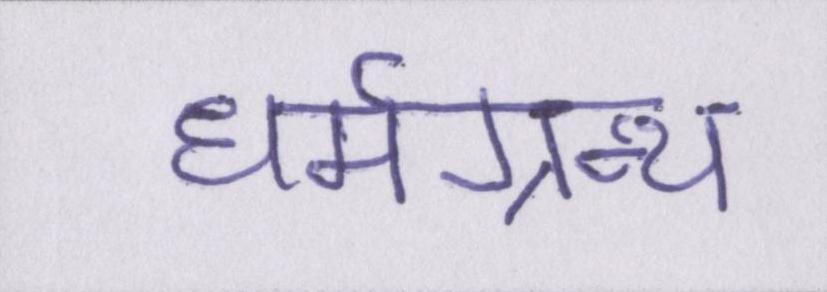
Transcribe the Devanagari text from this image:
धर्मग्रन्थ